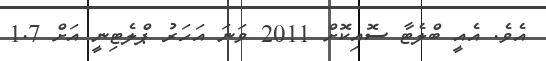
އެވެ. އެއީ ބްލެޓާ ސޮއިކޮށް 2011 ވަނަ އަހަރު ޕްލެޓިނީ އަށް 1.7